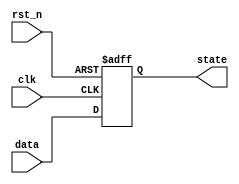
module sequential_logic (
    input wire clk,         // Clock signal
    input wire rst_n,      // Active low reset signal
    input wire [3:0] data, // 4-bit input data
    output reg [3:0] state // 4-bit internal state
);

// Sequential logic block sensitive to the rising edge of the clock
always @(posedge clk or negedge rst_n) begin
    if (!rst_n) begin
        // Reset condition: set state to 0 on reset
        state <= 4'b0000;
    end else begin
        // Update state based on input data
        state <= data; // Example: update state with input data
    end
end

endmodule